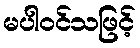
မပါဝင်သဖြင့်